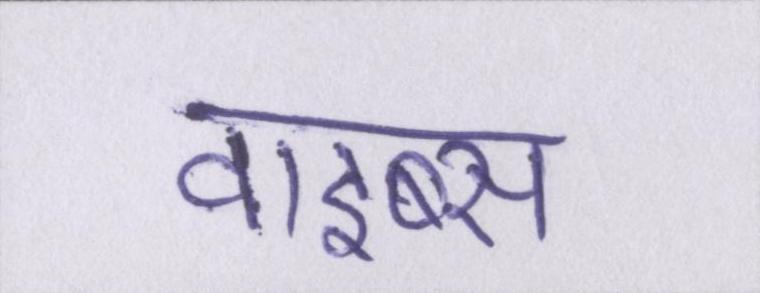
वाइब्स